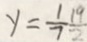
y = \frac { 1 } { 7 } \frac { 1 9 } { 2 }